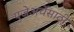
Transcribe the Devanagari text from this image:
पुजेअर्चेसाठी